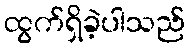
ထွက်ရှိခဲ့ပါသည်